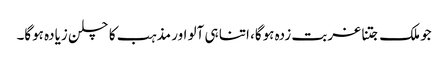
جو ملک جتنا غربت زدہ ہوگا، اتنا ہی آلو اور مذہب کا چلن زیادہ ہوگا۔